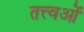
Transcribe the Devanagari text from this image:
तत्त्वओं